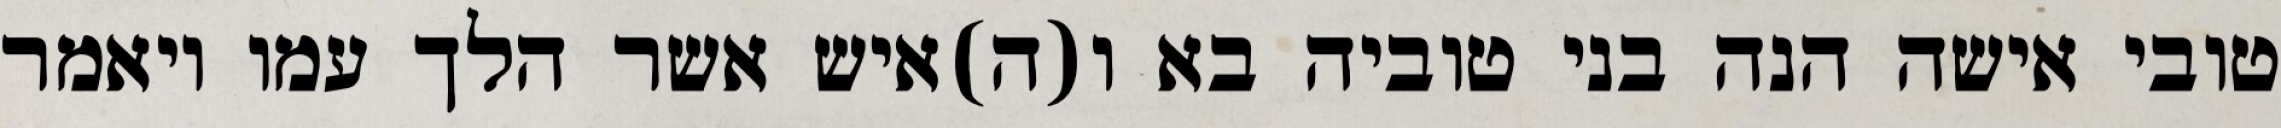
טובי אישה הנה בני טוביה בא ו(ה)איש אשר הלך עמו ויאמר